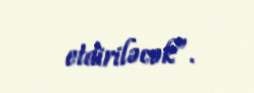
etdiriləcək”.